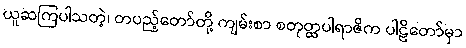
ယူဆကြပါသတဲ့၊ တပည့်တော်တို့ ကျမ်းစာ စတုတ္ထပါရာဇိက ပါဠိတော်မှာ